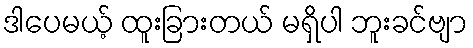
ဒါပေမယ့် ထူးခြားတယ် မရှိပါ ဘူးခင်ဗျာ